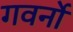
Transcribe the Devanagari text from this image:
गवर्नो